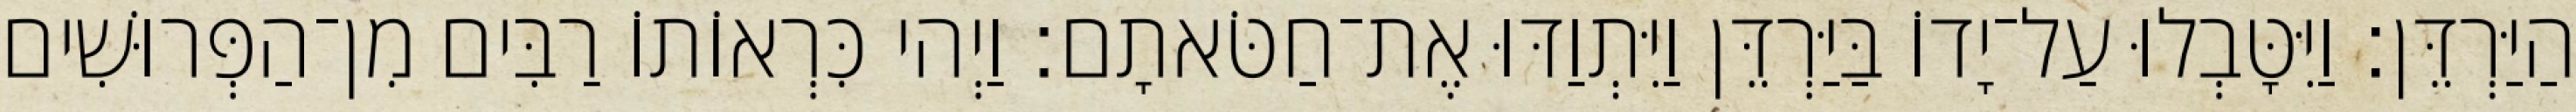
הַיַּרְדֵּן׃ וַיִּטָּבְלוּ עַל־יָדוֹ בַּיַּרְדֵּן וַיִּתְוַדּוּ אֶת־חַטֹּאתָם׃ וַיְהי כִּרְאוֹתוֹ רַבִּים מִן־הַפְּרוּשִׁים